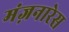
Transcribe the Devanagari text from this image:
मंज़नारेस